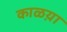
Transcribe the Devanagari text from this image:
काळय़ा